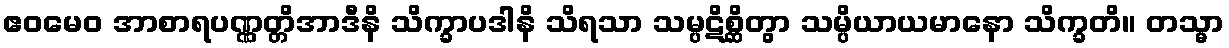
ဧဝမေဝ အာစာရပဏ္ဏတ္တိအာဒီနိ သိက္ခာပဒါနိ သိရသာ သမ္ပဋိစ္ဆိတွာ သမ္ပိယာယမာနော သိက္ခတိ။ တသ္မာ